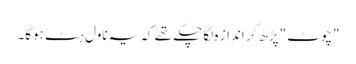
"چوٹ "پڑھ کر انداز ہ لگا چکے تھے کہ یہ ناول ہٹ ہوگا۔